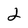
Character: 2